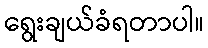
ရွေးချယ်ခံရတာပါ။